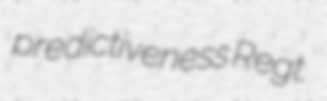
predictiveness Regt.